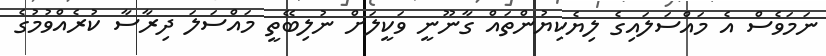
ނަމަވެސް އެ މައްސަލައިގެ ލިޔެކިޔުންތައް ގާނޫނީ ވަކީލަށް ނުލިބޭތީ މައްސަލަ ދިރާސާ ކުރެއްވުމުގެ